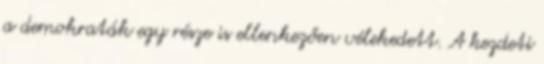
a demokraták egy része is ellenkezően vélekedett. A kezdeti